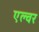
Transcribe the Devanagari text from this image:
एल्वर